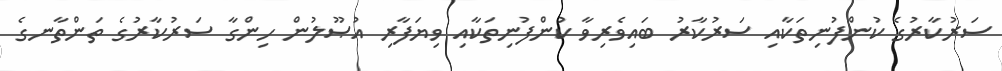
ސަރުކާރުގެ ކުންފުނިތަކާއި ސަރުކާރު ބައިވެރިވާ ކުންފުނިތަކާއި ވިޔަފާރި އުޞޫލުން ހިންގާ ސަރުކާރުގެ ތަންތާނގެ